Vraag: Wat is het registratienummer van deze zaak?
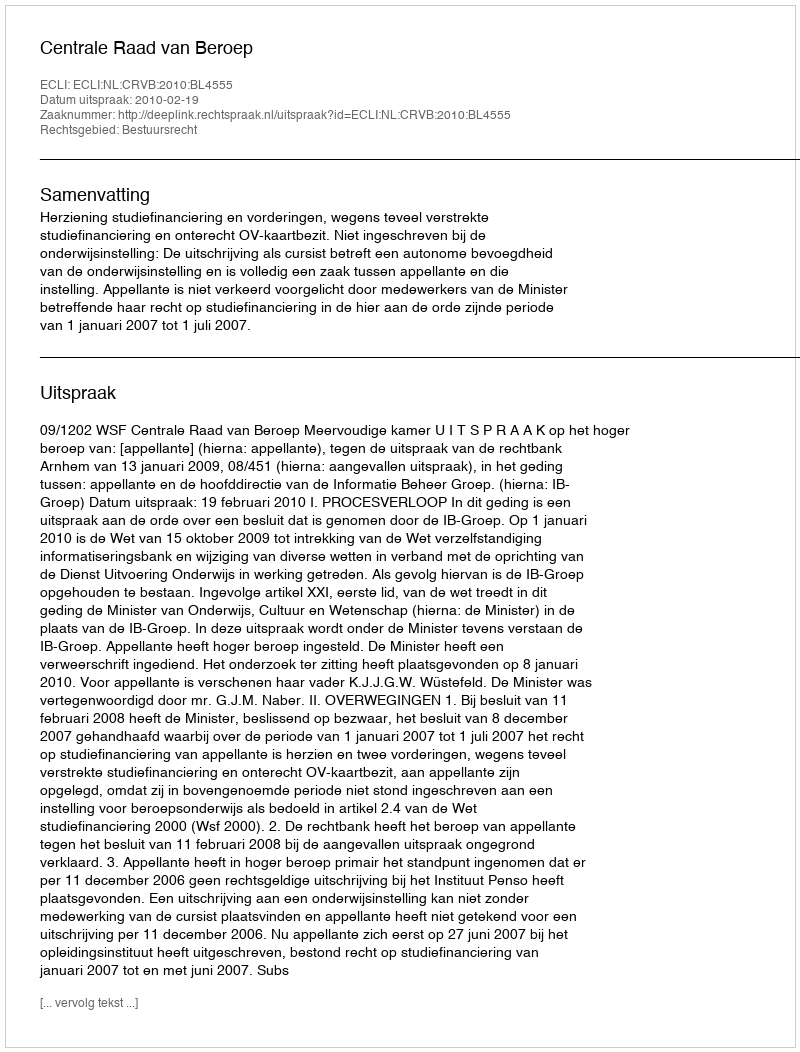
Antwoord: http://deeplink.rechtspraak.nl/uitspraak?id=ECLI:NL:CRVB:2010:BL4555